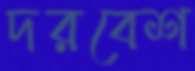
দরবেশ